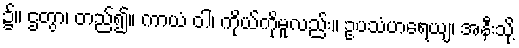
၌။ ဌတွာ၊ တည်၍။ ကာယံ ဝါ၊ ကိုယ်ကိုမူလည်း။ ဥပသံဟရေယျ၊ အနီးသို့